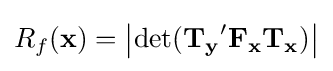
R_{f}(\mathbf {x} )=\left|\operatorname {det} (\mathbf {T_{y}} '\mathbf {F_{x}T_{x}} )\right|